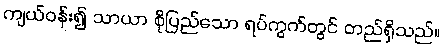
ကျယ်ဝန်း၍ သာယာ စိုပြည်သော ရပ်ကွက်တွင် တည်ရှိသည်။